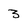
Character: 3